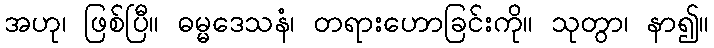
အဟု၊ ဖြစ်ပြီ။ ဓမ္မဒေသနံ၊ တရားဟောခြင်းကို။ သုတွာ၊ နာ၍။